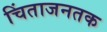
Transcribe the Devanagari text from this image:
चिंताजनतक